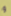
و